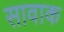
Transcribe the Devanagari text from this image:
सावाक